NAE_ERA_R-1765_ENSV_Kirjanike_Liit_1945-1955, lk 10
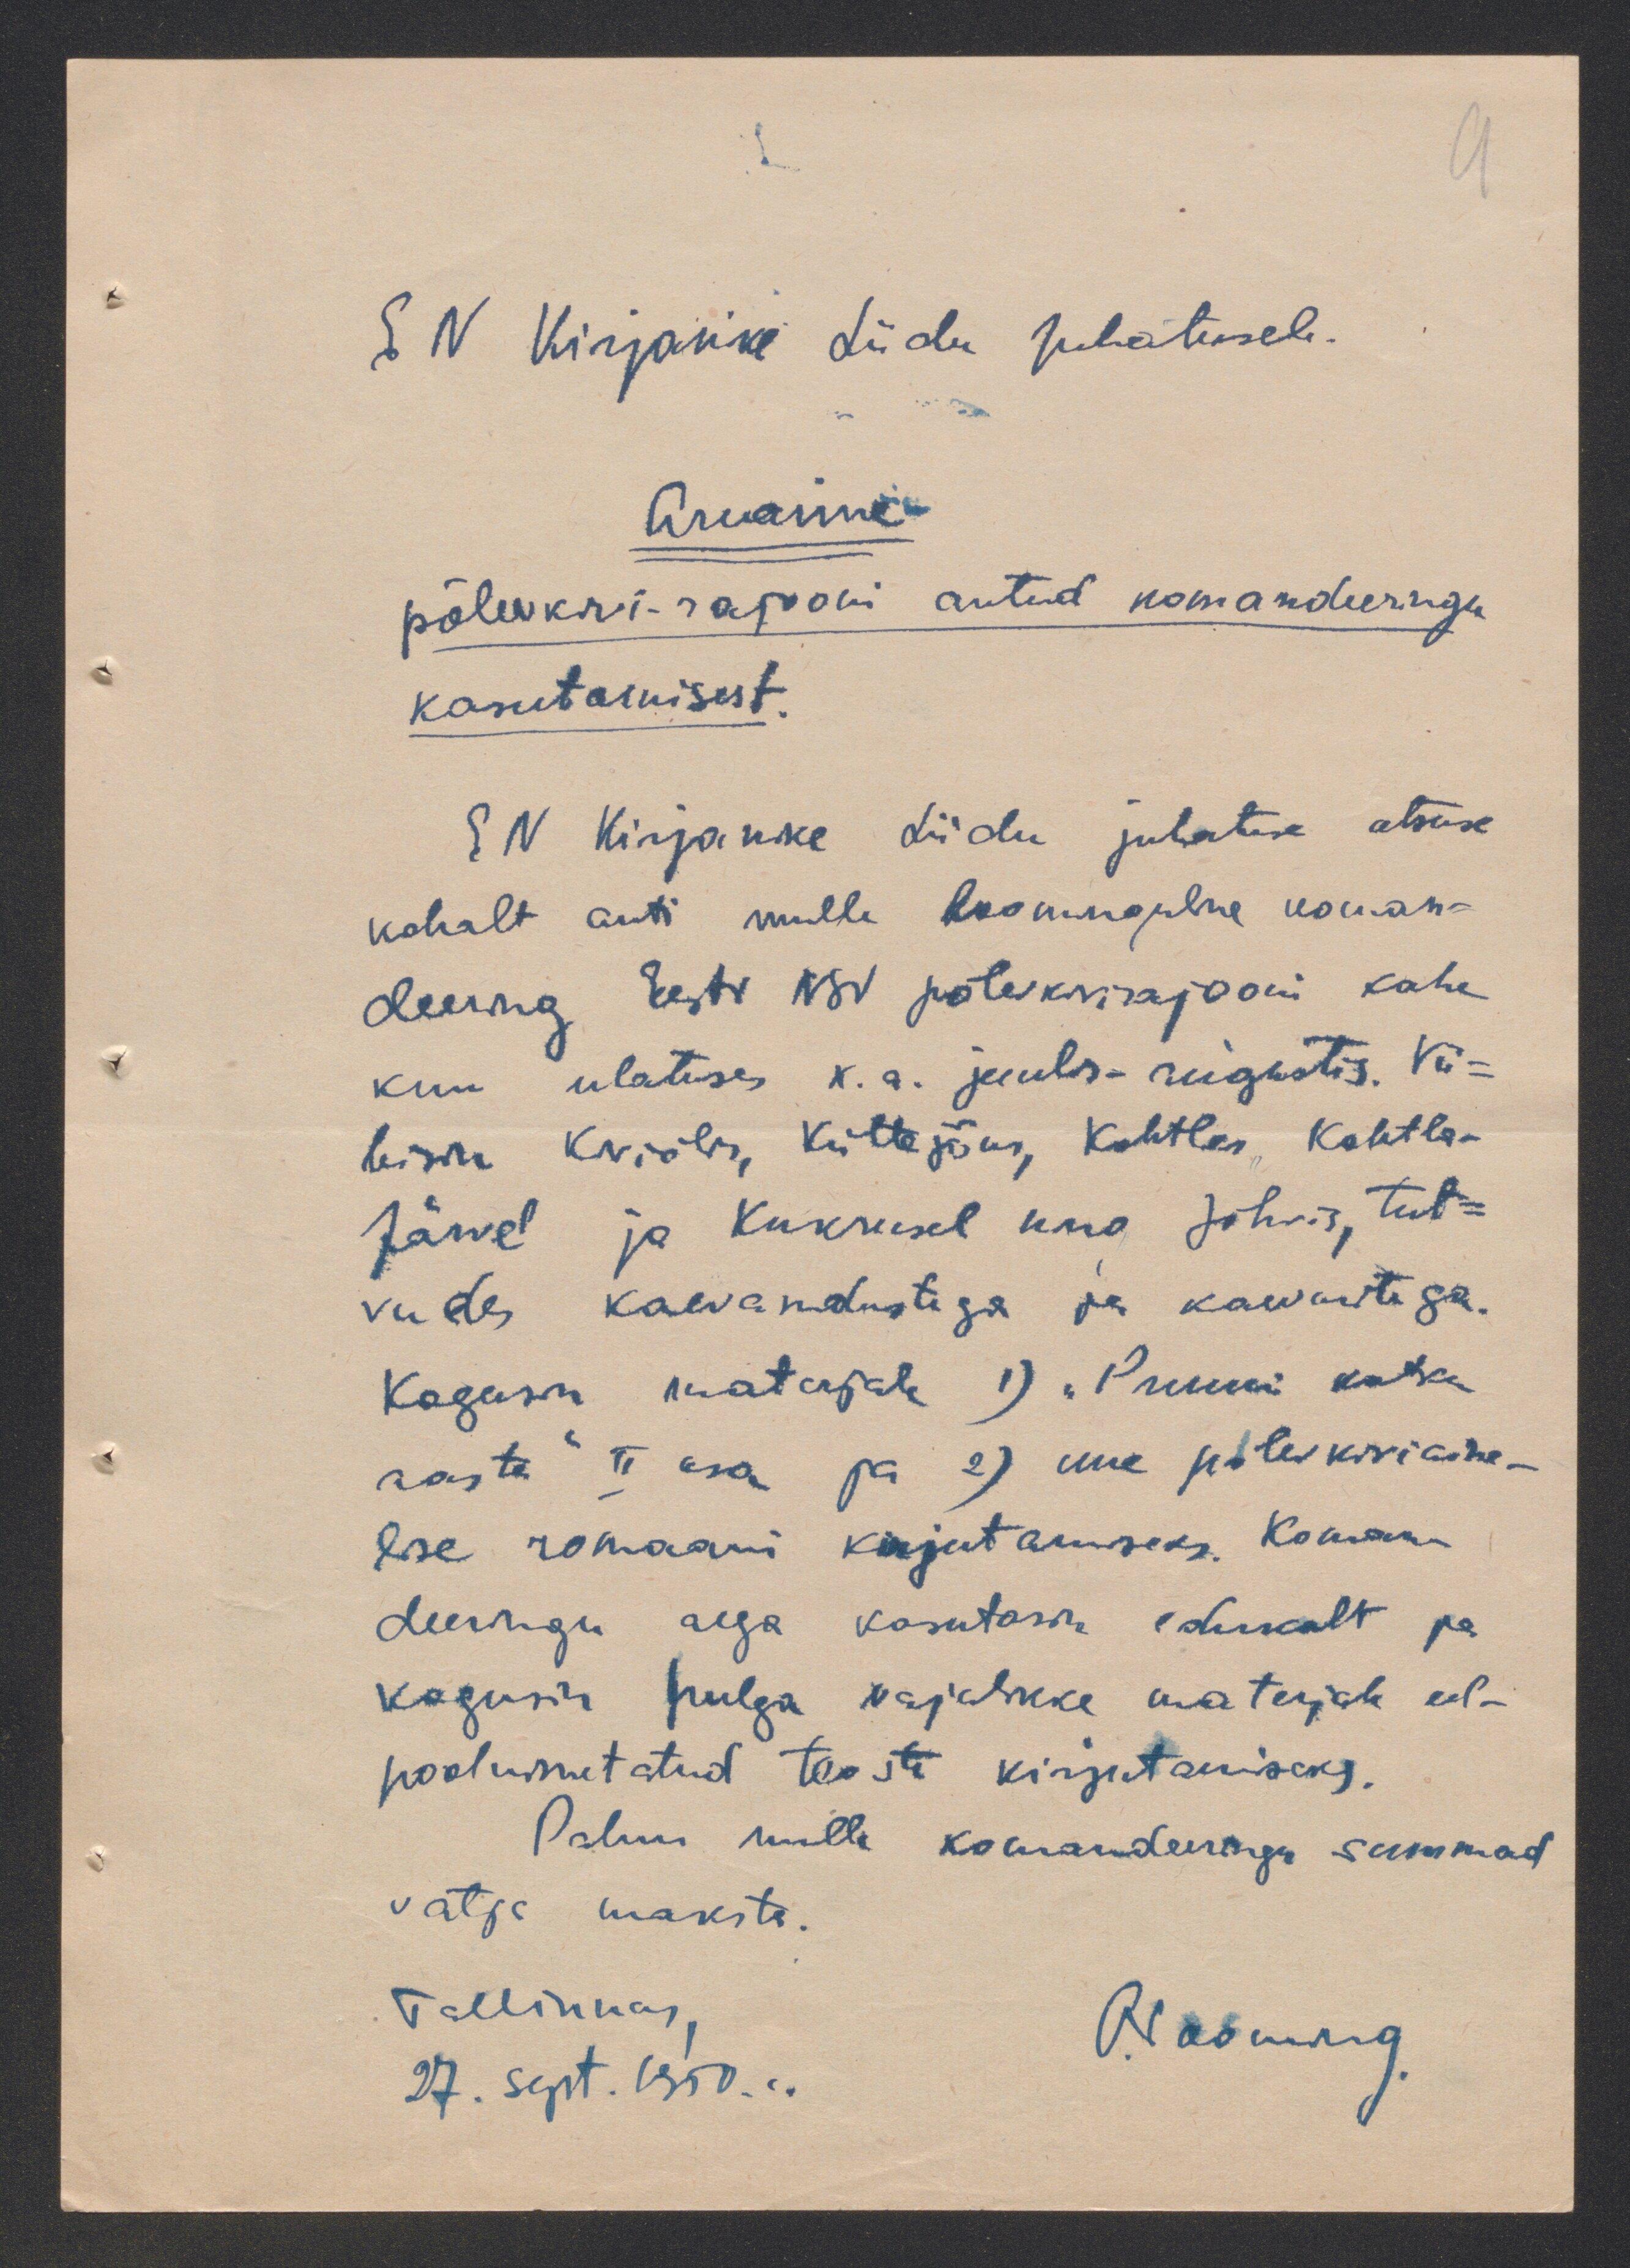
EN Kirjanike Liidu Juhatusele.
Aruanne.
põlevkivi-rajooni antud komandeeringu
kasutamisest
EN Kirjanike Liidu juhatuse otsuse
kohalt anti mulle loominguline koman-
deering Eesti NSV põlevkivirajooni kahe
kuu ulatuses k. a. juulis-augustis. Vii-
bisin Kiviõlis, Küttejõus, Kohtlas Kohtla-
Järvel ja Kukrusel ning Jõhvis, tut-
vudes kaevandustega ja kaevastiga.
kogusin materjale 1) "Pruuni katku
aasta" II osa ja 2) uue põlevkiviaine-
lise romaani kirjutamseks. Koman-
deeringu aega kasutasin edukalt ja
kogusin hulga vajalikke materjale eel-
poolnimetatud teoste kirjutamiseks.
Palun mulle komandeeringu summad
välja maksta.
Tallinnas
O.Tooming
27. Sept. 1950...